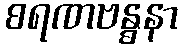
စရဏဗန္ဓနာ